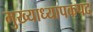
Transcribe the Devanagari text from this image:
मुख्याध्यापकपद